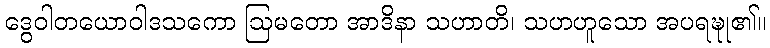
ဒွေဝါတယောဝါဒသကော ဩမတော အာဒိနာ သဟာတိ၊ သဟဟူသော အပရဍ္ဎု၏။